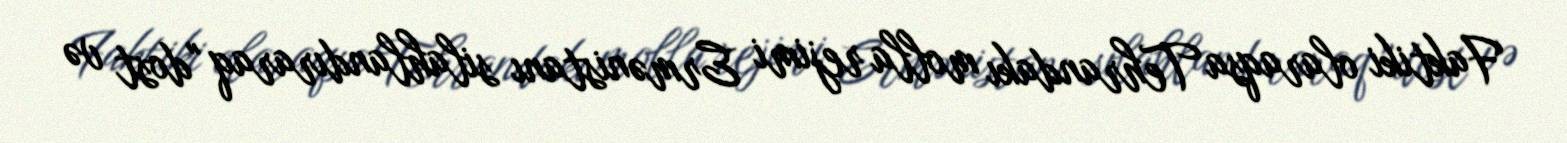
Faktiki olaraqsa Tehrandakı molla rejimi Ermənistanı silahlandıraraq "dost və